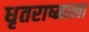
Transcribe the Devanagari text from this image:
धृतराष्त्राला